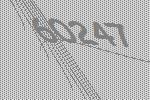
60247